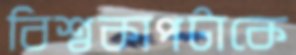
বিশ্বকাপটাকে